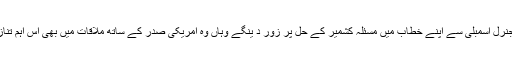
وزیراعظم عمران خان جہاں اقوام متحدہ کی جنرل اسمبلی سے اپنے خطاب میں مسئلہ کشمیر کے حل پر زور د ینگے وہاں وہ امریکی صدر کے ساتھ ملاقات میں بھی اس اہم تنازعہ کے حل کی اہمیت کو اجاگر کریں گے ۔